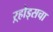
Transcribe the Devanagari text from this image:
ऱ्होड्सचा